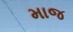
માજ